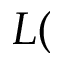
L (